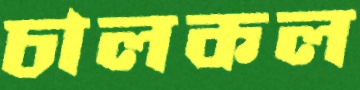
চালকল